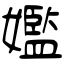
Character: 㜮